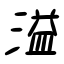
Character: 溢